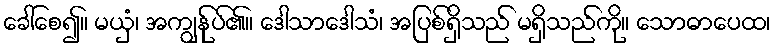
ခေါ်စေ၍။ မယှံ၊ အကျွန်ုပ်၏။ ဒေါသာဒေါသံ၊ အပြစ်ရှိသည် မရှိသည်ကို။ သောဓာပေထ၊